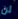
لن